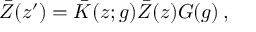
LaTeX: \bar { Z } ( z ^ { \prime } ) = \bar { K } ( z ; g ) \bar { Z } ( z ) G ( g ) \, ,